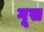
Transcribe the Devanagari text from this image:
गूस